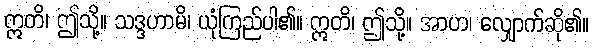
ဣတိ၊ ဤသို့။ သဒ္ဒဟာမိ၊ ယုံကြည်ပါ၏။ ဣတိ၊ ဤသို့။ အာဟ၊ လျှောက်ဆို၏။